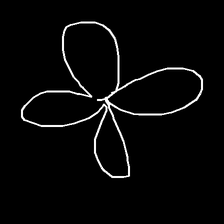
Glyph: billowing